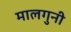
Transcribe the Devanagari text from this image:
मालगुनी